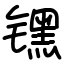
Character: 𬭶